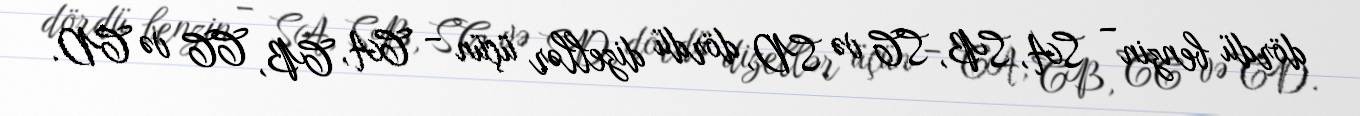
dördü benzin – SA, SB, SC və SD, dördü dizellər üçün – CA, CB, CC və CD.